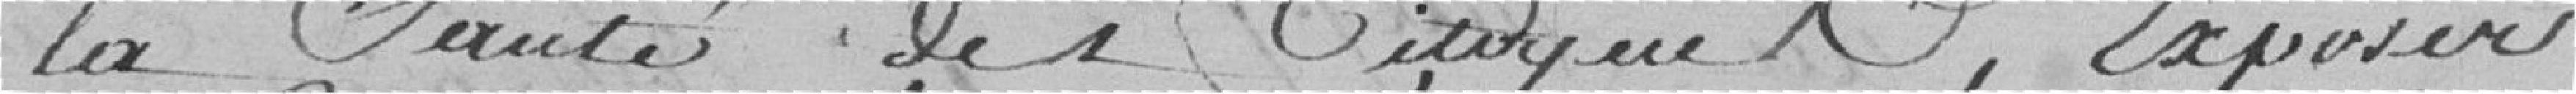
la santé des citoyens, exposer